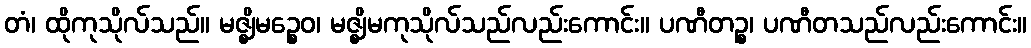
တံ၊ ထိုကုသိုလ်သည်။ မဇ္ဈိမဉ္စေဝ၊ မဇ္ဈိမကုသိုလ်သည်လည်းကောင်း။ ပဏီတဉ္စ၊ ပဏီတသည်လည်းကောင်း။